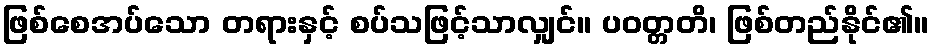
ဖြစ်စေအပ်သော တရားနှင့် စပ်သဖြင့်သာလျှင်။ ပဝတ္တတိ၊ ဖြစ်တည်နိုင်၏။